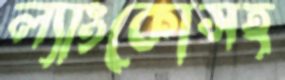
ল্যাংকোসহ